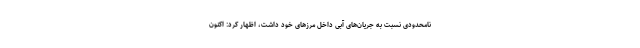
نامحدودی نسبت به جریان‌های آبی داخل مرزهای خود داشت، اظهار کرد: اکنون